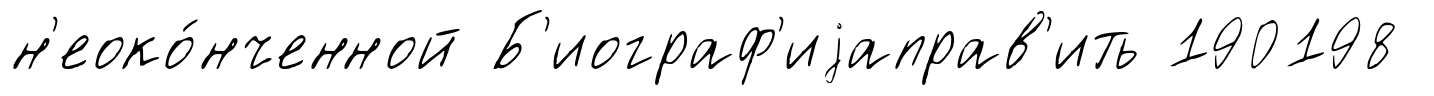
н'еоко́нченной Б'иограф'иjаправ'ить 190198